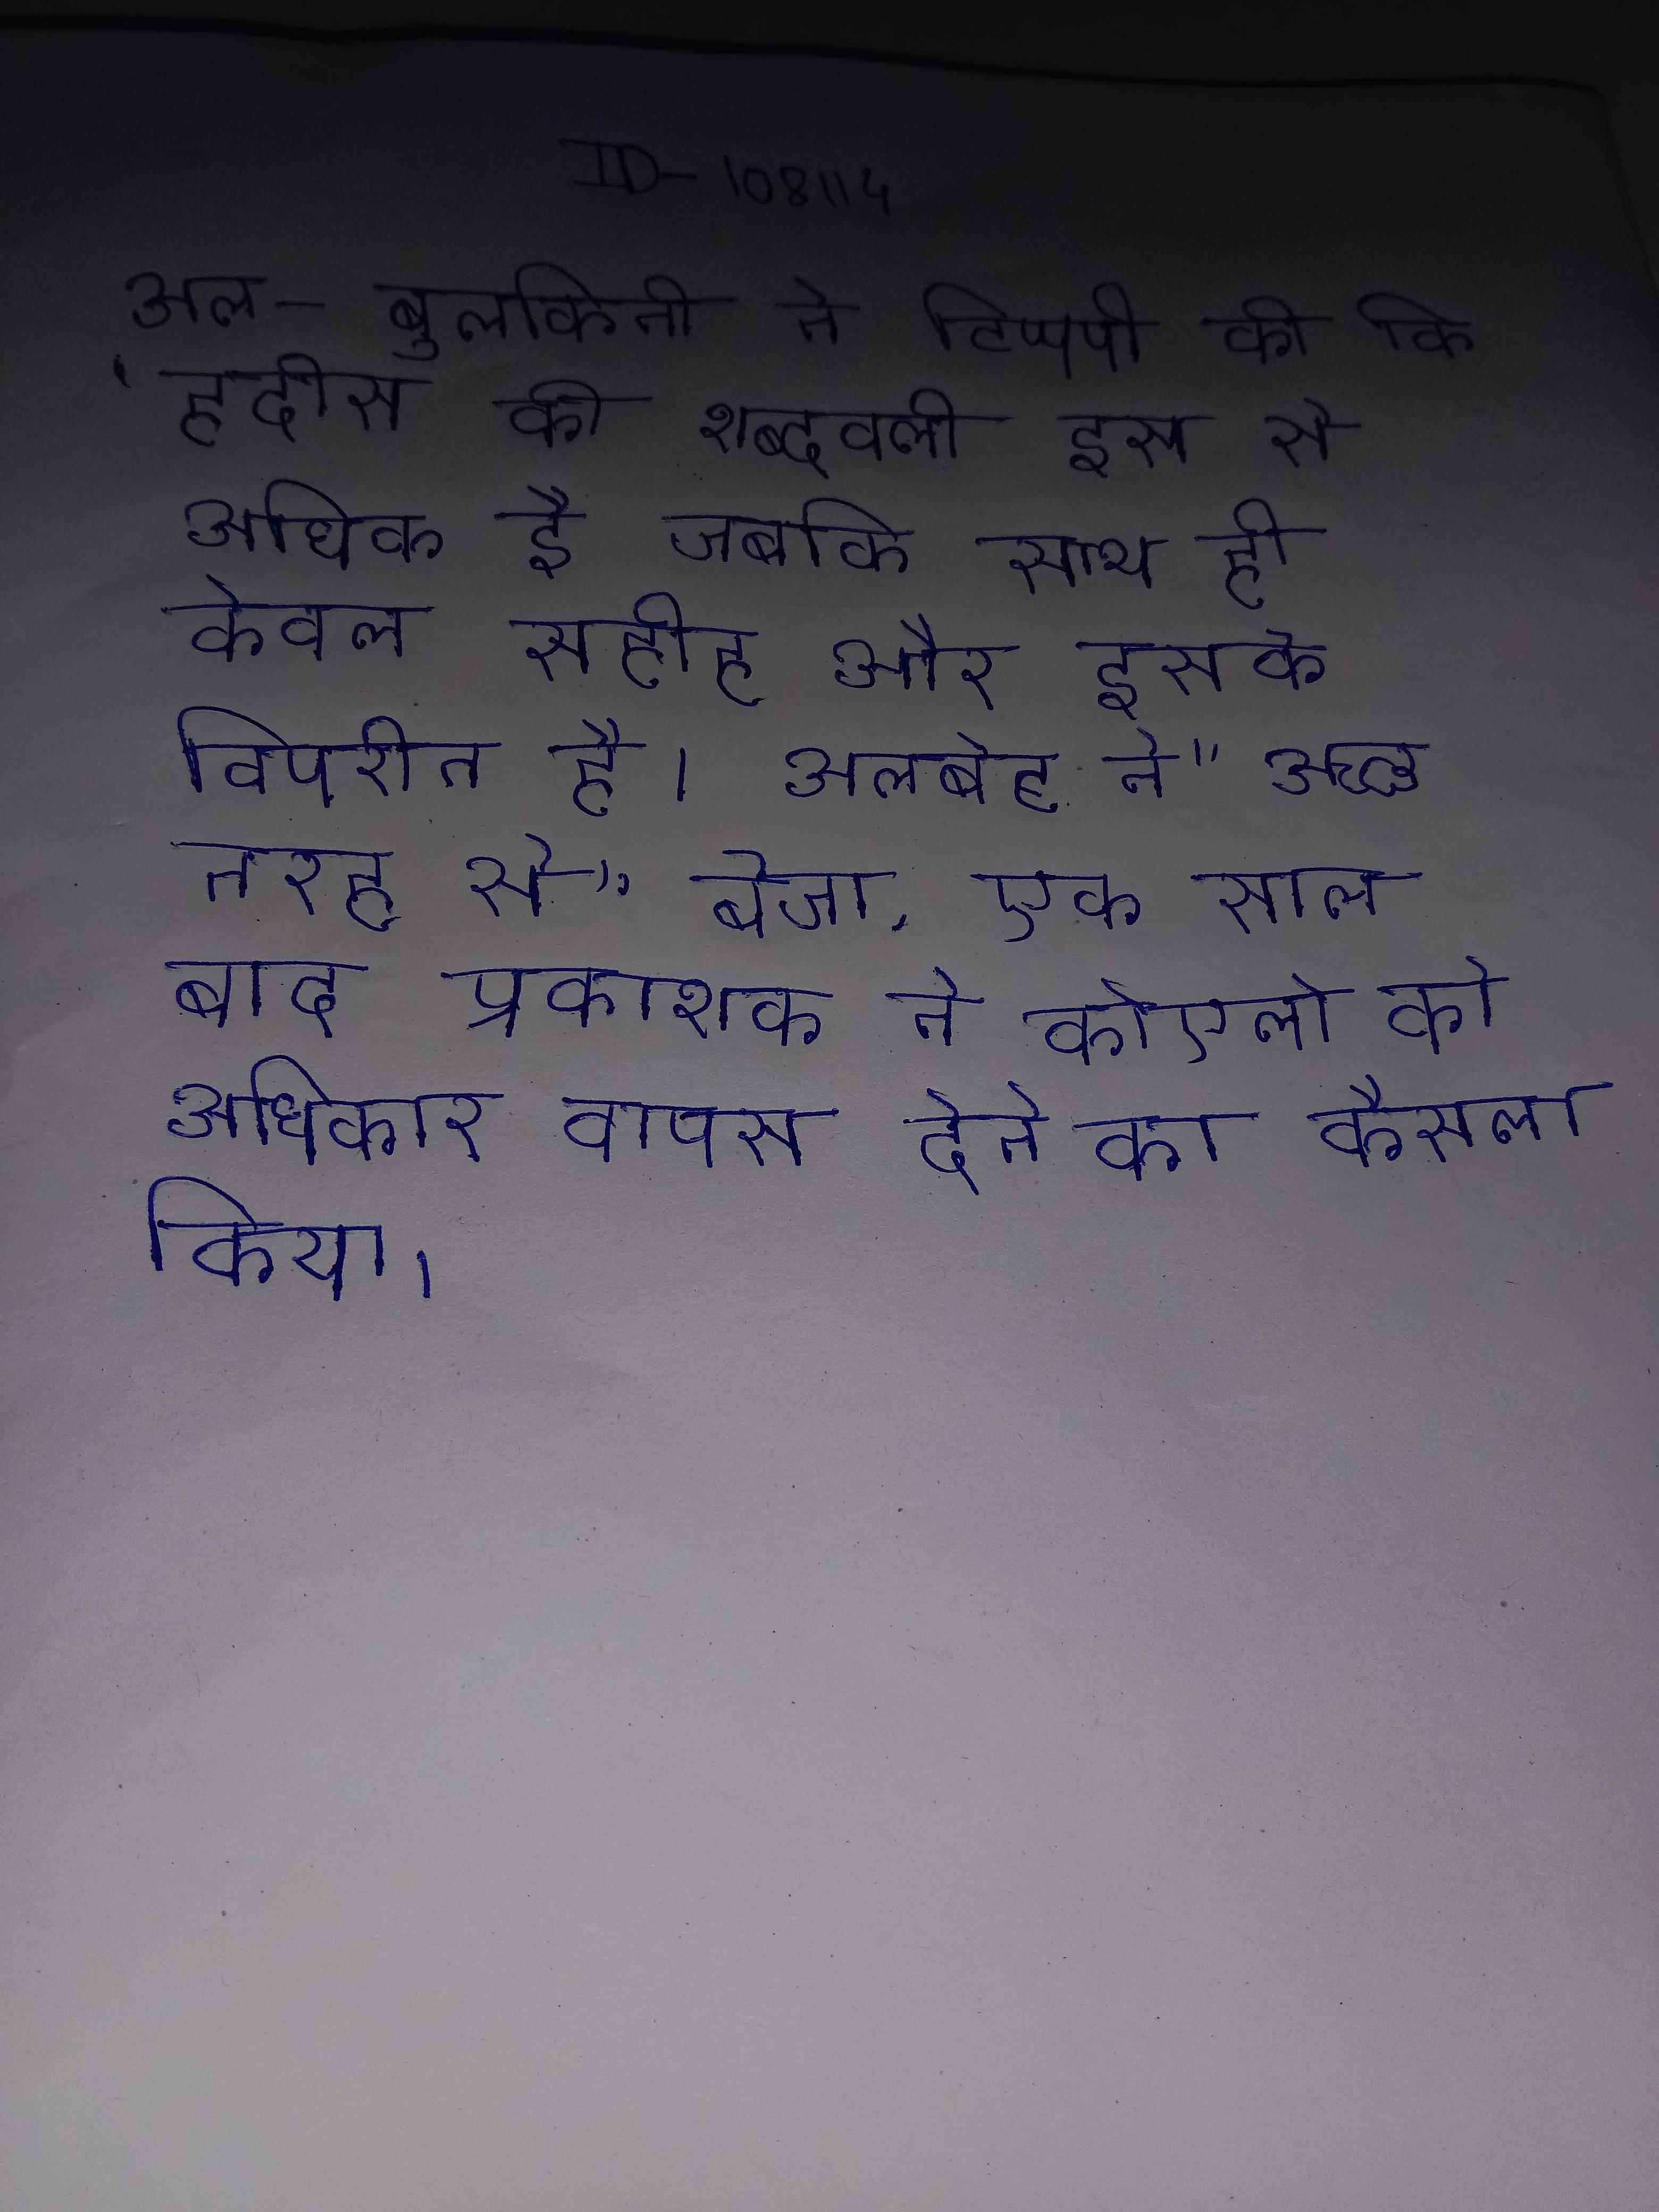
अल-बुलकिनी ने टिप्पणी की कि "हदीस की शब्दावली इस से अधिक है, जबकि साथ ही, केवल सहीह और इसके विपरीत है । अलबेट ने "अच्छी तरह से" बेचा, एक साल बाद प्रकाशक ने कोएलो को अधिकार वापस देने का फैसला किया ।